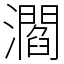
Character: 㶄